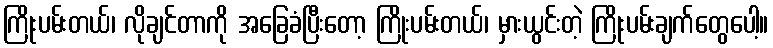
ကြိုးပမ်းတယ်၊ လိုချင်တာကို အခြေခံပြီးတော့ ကြိုးပမ်းတယ်၊ မှားယွင်းတဲ့ ကြိုးပမ်းချက်တွေပေါ့။